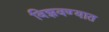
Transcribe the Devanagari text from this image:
विझवण्यात